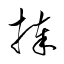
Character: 捧